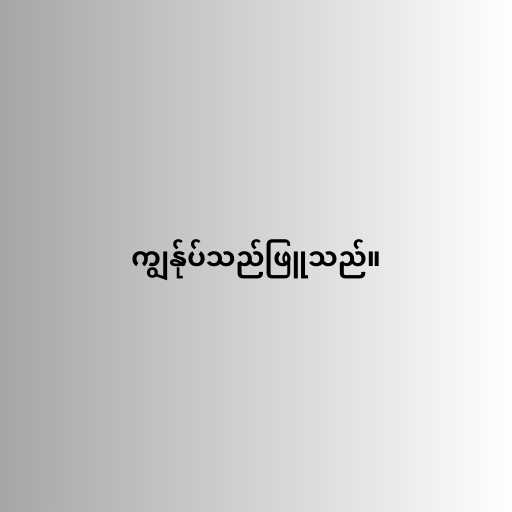
ကျွန်ုပ်သည်ဖြူသည်။